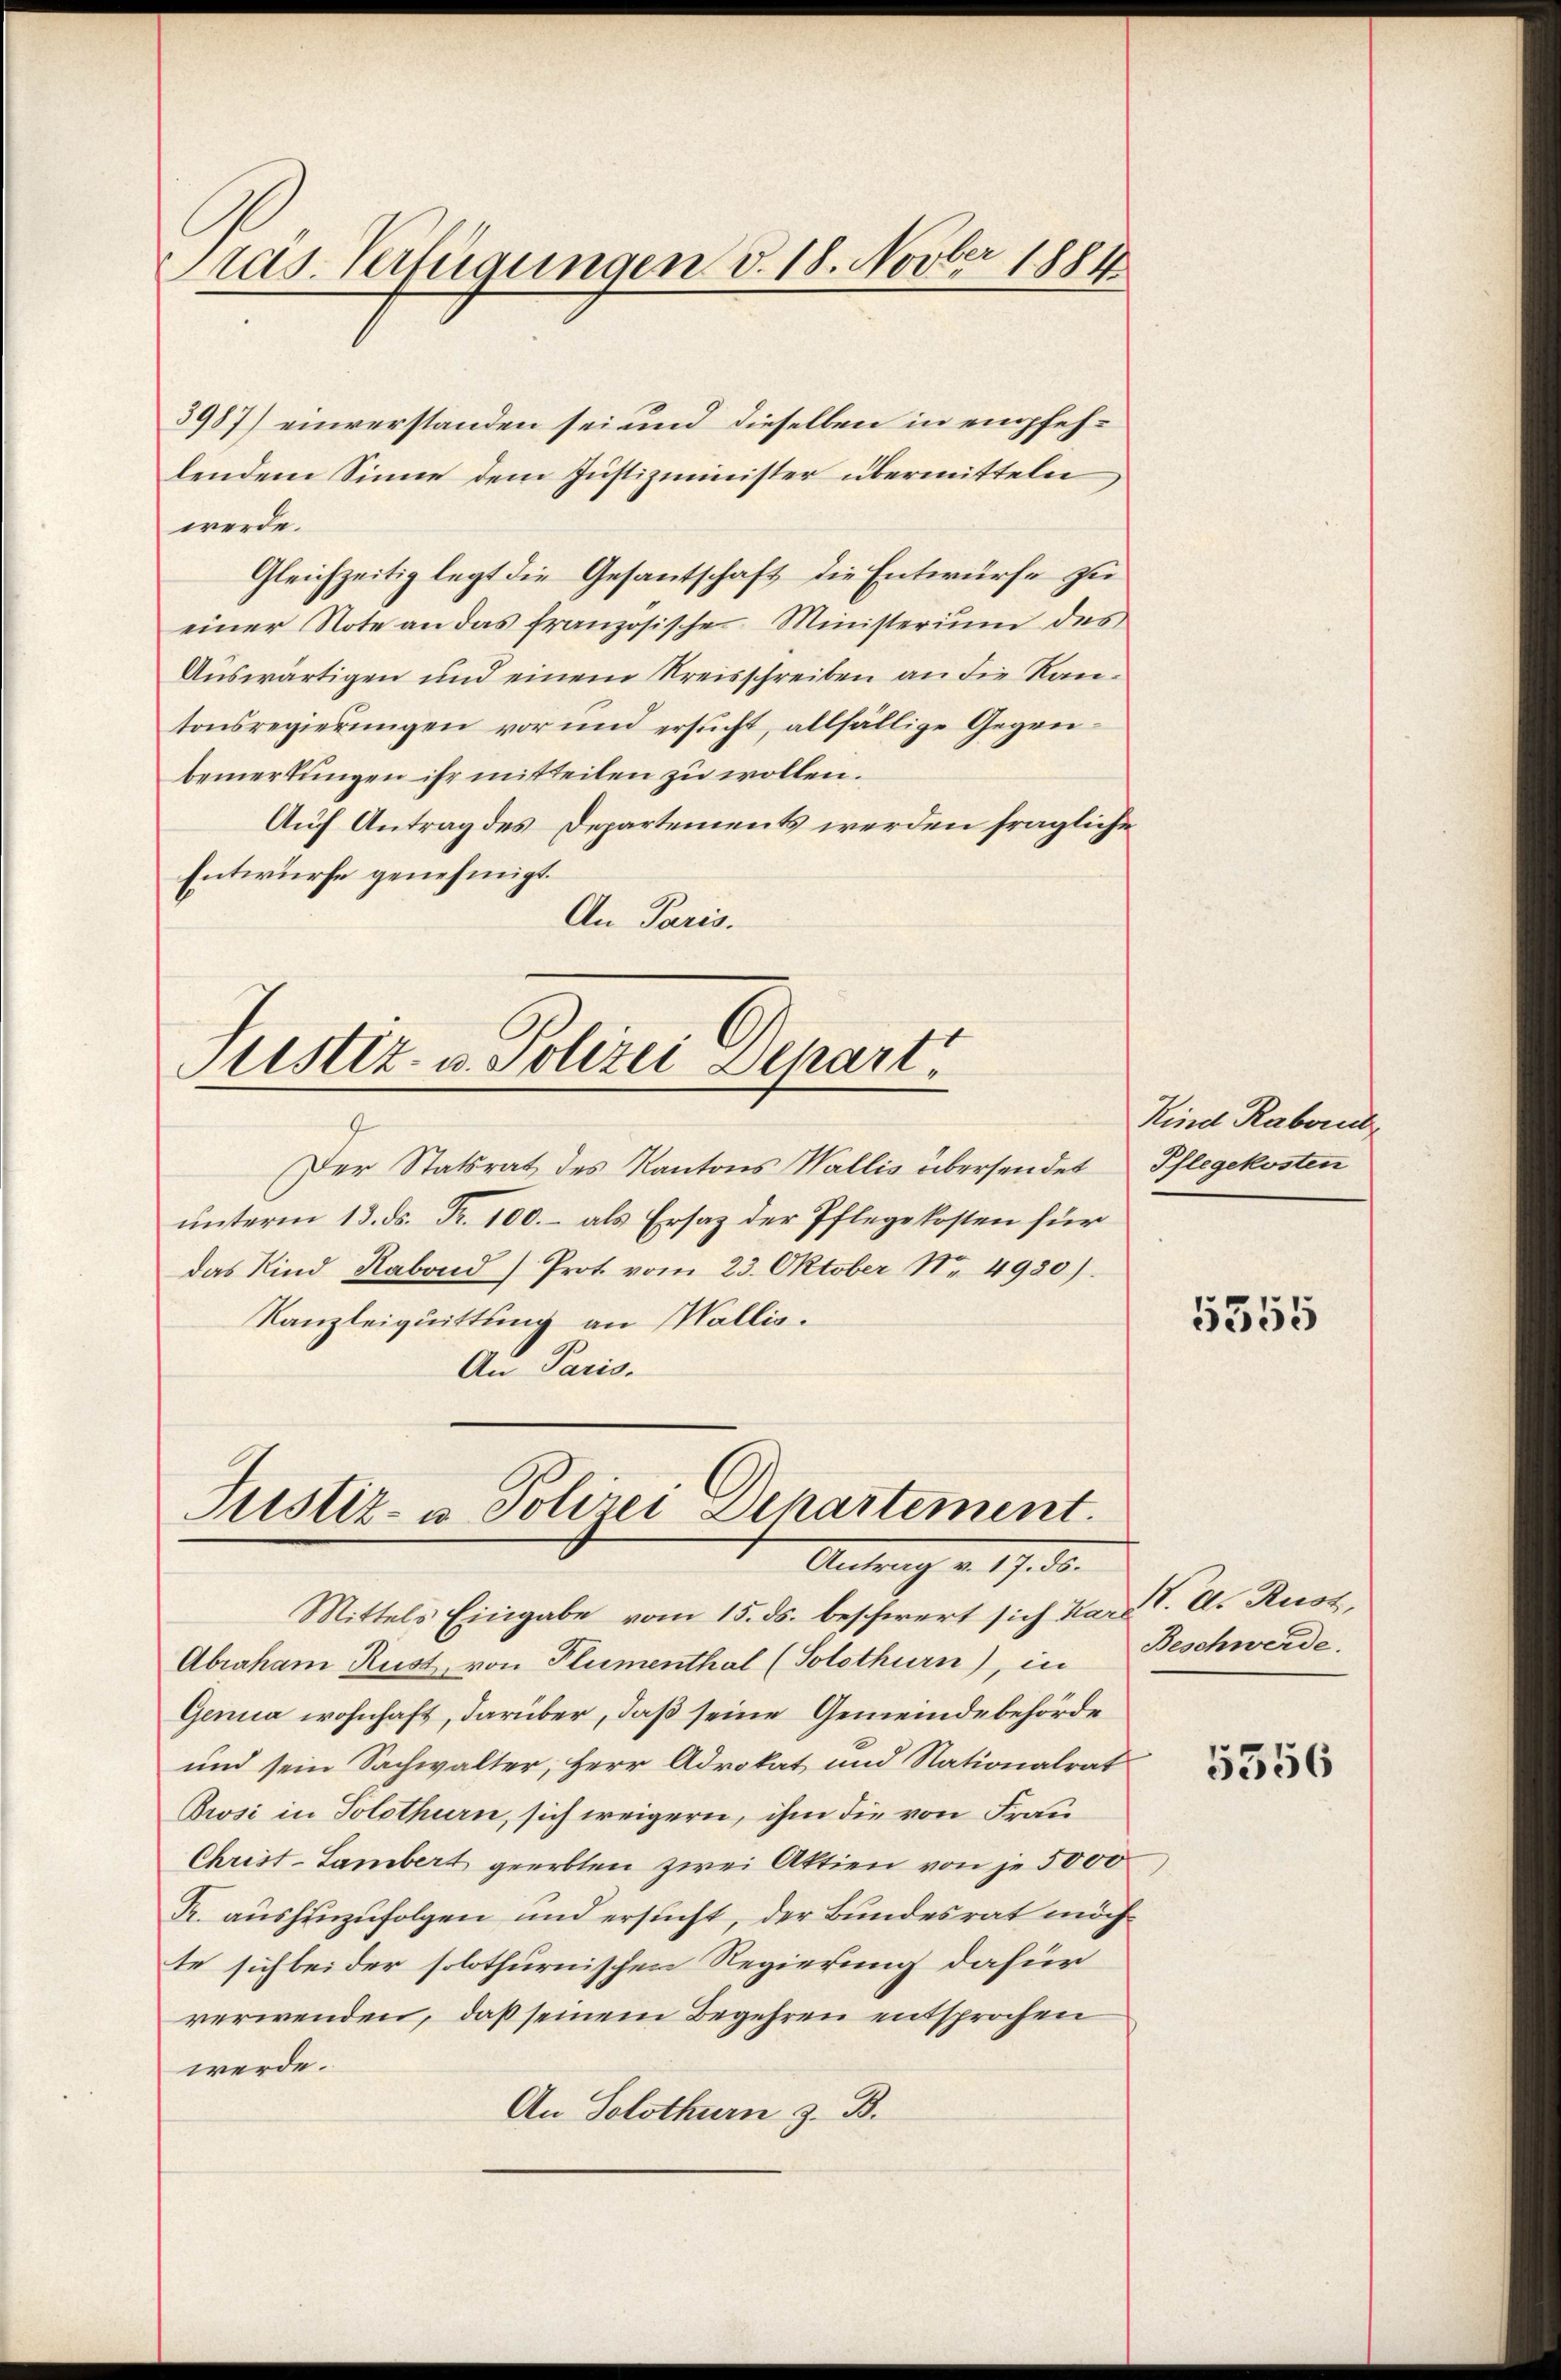
Pras. Verfügungen v. 18. Novber 1884

3987) einverstanden sei und dieselben in empfehlendem Sinne dem Justizminister übermitteln
werde.
Gleichzeitig legt die Gesantschaft die Entwürfe zu
einer Note an das französische Ministerium des
Auswärtigen und einem Kreisschreiben an die Kantonsregierŭngen vor und ersŭcht, allfällige Gegen-
bemerkungen ihr mitteilen zu wollen.
Auf Antrag des Departements werden fragliche
Entwurfe genehmigt.
An Paris.

Justiz- u. Polizei Depart

f
Der Statsrat des Kantons Wallis übersendet
unterm 13. ds. Fr. 100. – als Ersatz der Pflegekosten für
das Kind Rabond) Prot. vom 23. Oktober Nr. 4920).
Kanzleiquittung an Wallis.
An Paris.

Justiz- u Polizei Departement.
Antrag v. 197. 10.

Mittels Eingabe vom 15. ds. beschwert sich Karl T. ds. Rusz,
Abraham Rust, von Plumenthal (Solothurn), in Beschwerde.
Genua wohnhaft, darüber, daß seine Gemeindebehörde
und sein Sachwalter, Herr Advokat und Nationalrat
Brosi in Solothurn, sich weigern, ihm die von Frau
Christ-Sambert geerbten zwei Aktien von je 5000
R. aushinzufolgen und ersucht, der Bundesrat möchte sich bei der solothurnischen Regierung dafür
verwenden, daß seinem Begehren entsprochen
werde.
An Solothurn z. B.

Kind Raborn,
Pflegekosten

5355

5356